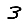
Digit: 3